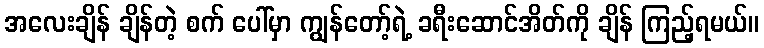
အလေးချိန် ချိန်တဲ့ စက် ပေါ်မှာ ကျွန်တော့်ရဲ့ ခရီးဆောင်အိတ်ကို ချိန် ကြည့်ရမယ်။